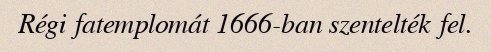
Régi fatemplomát 1666-ban szentelték fel.